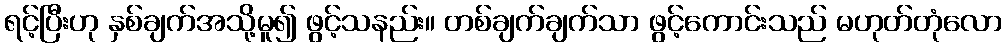
ရင့်ပြီးဟု နှစ်ချက်အသို့မူ၍ ဖွင့်သနည်း။ တစ်ချက်ချက်သာ ဖွင့်ကောင်းသည် မဟုတ်တုံလော